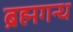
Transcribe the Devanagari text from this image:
ब्रह्मगन्ध